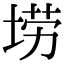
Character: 𫭼